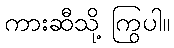
ကားဆီသို့ ကြွပါ။